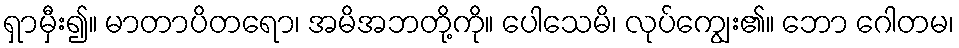
ရှာမှီး၍။ မာတာပိတရော၊ အမိအဘတို့ကို။ ပေါသေမိ၊ လုပ်ကျွေး၏။ ဘော ဂေါတမ၊